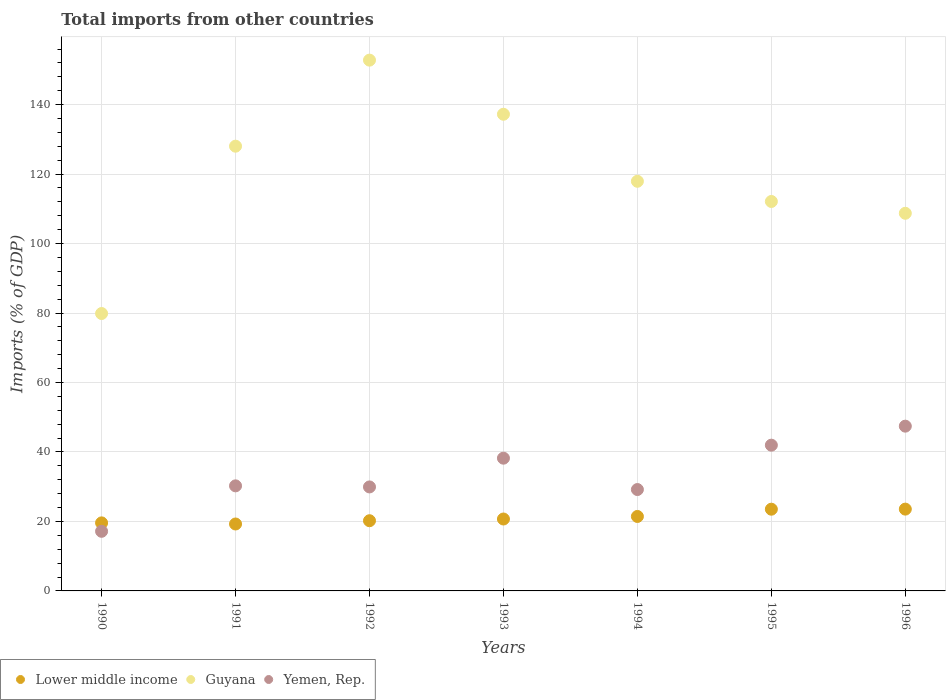
| Years | Lower middle income | Guyana | Yemen, Rep. |
 | --- | --- | --- | --- |
 | 1990 | 19.6 | 79.9 | 17.2 |
 | 1991 | 19.3 | 128 | 30.2 |
 | 1992 | 20.2 | 153 | 29.9 |
 | 1993 | 20.7 | 137 | 38.2 |
 | 1994 | 21.4 | 118 | 29.2 |
 | 1995 | 23.5 | 112 | 42 |
 | 1996 | 23.5 | 109 | 47.4 |